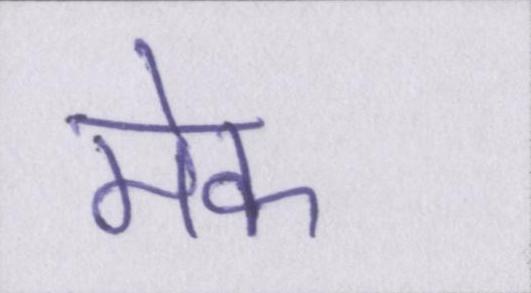
मेक